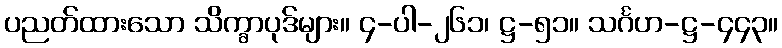
ပညတ်ထားသော သိက္ခာပုဒ်များ။ ၄-ပါ-၂၆၁၊ ဋ္ဌ-၅၁။ သင်္ဂဟ-ဋ္ဌ-၄၄၃။